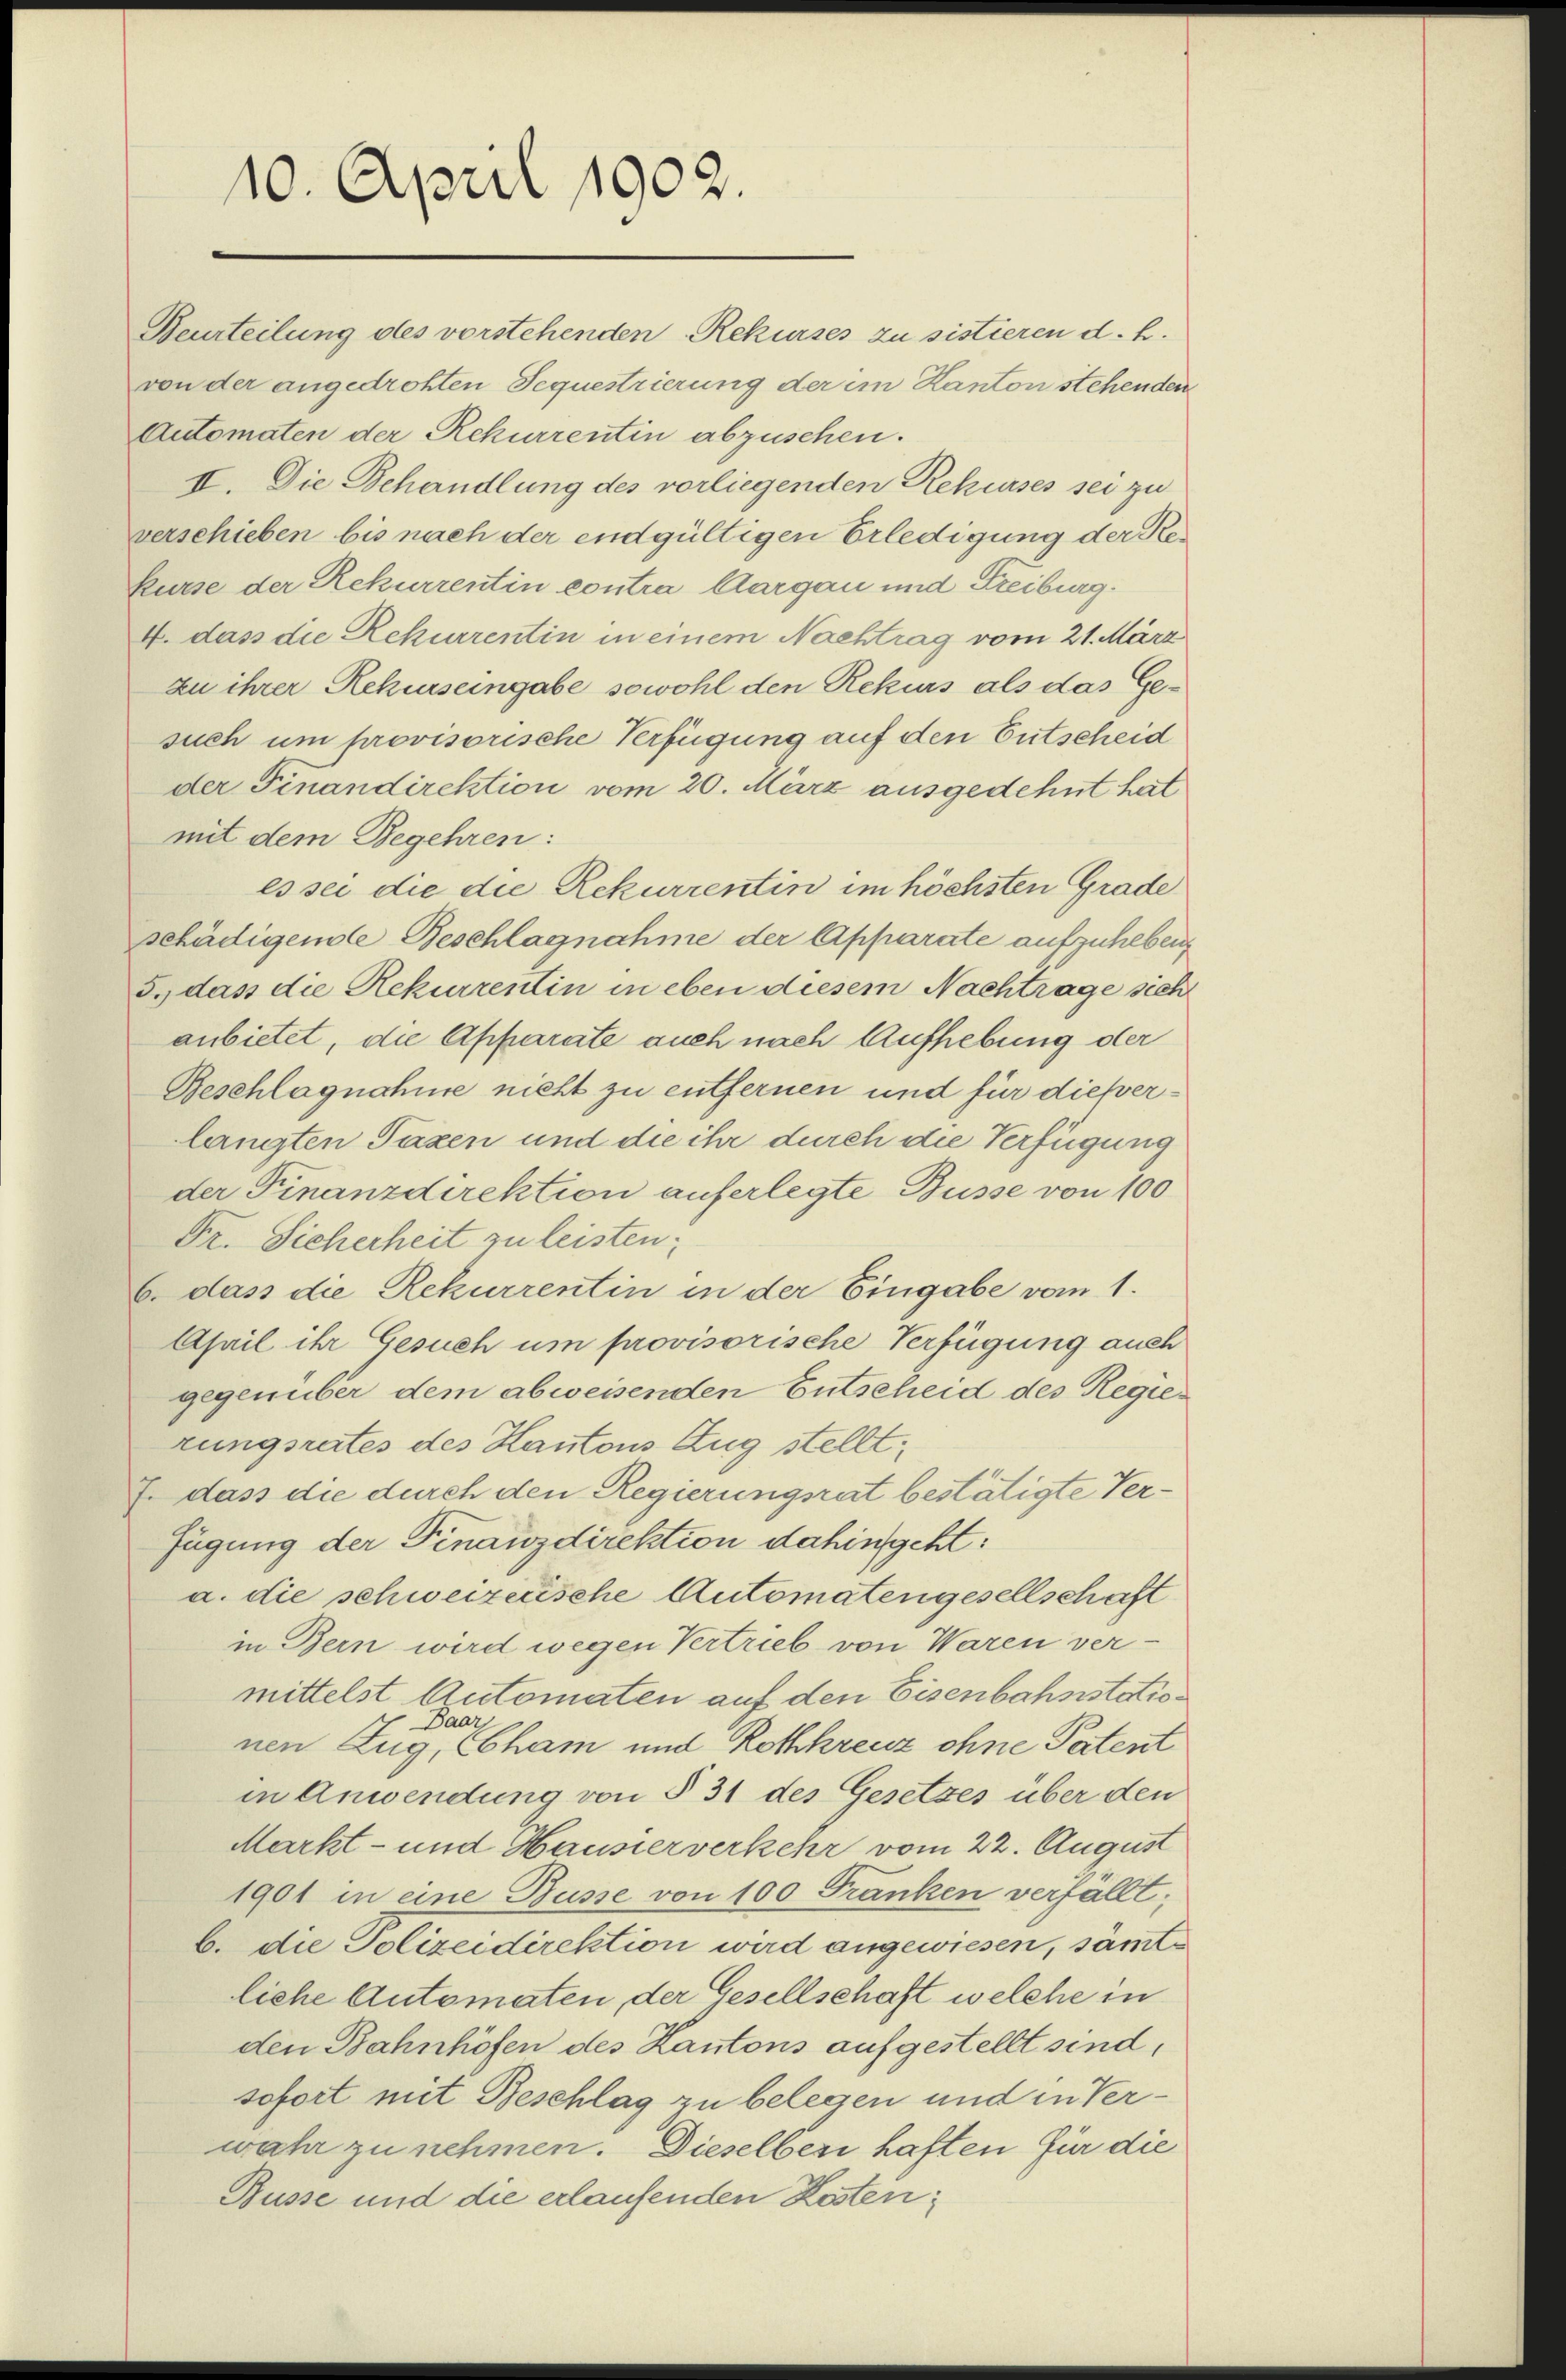
10. April 1902.

mit dem Begehren:
Dr. Sicherheit zu leisten.
6. dass die Rekurrentin in der Eingabe vom 1.
April ihr Gesuch um provisorische Verfügung auch
gegenüber dem abweisenden Entscheid des Regierungsrates des Hautons Zug stellt,
f. dass die durch den Regierungsrat bestätigte Verfügung der Finanzdirektion dahingeht:
a. die schweizerische Automatengesellschaft
in Bern wird wegen Vertrieb von Waren vermittelst Automaten auf den Eisenbahnstation
a
De
nen Zug, Cham und Rothkreuz ohne Patent
in Anwendung von § 31 des Gesetzes über den
Markt- und Hausserverkehr vom 22. August
1901 in eine Busse von 100 Franken verfallt;
b. die Polizeidirektion wird angewiesen, sämtliche Automaten, der Gesellschaft welche in
den Bahnhöfen des Kantons aufgestellt sind,
sofort mit Beschlag zu belegen und in Verwahr zu nehmen. Dieselben haften für die
Busse und die erlaufenden Kosten;

Beurteilung des vorstehenden Rekurses zu sistieren d. h.
von der angedrohten Sequestrierung der im Kanton stehenden
Automaten der Rekurrentin abzusehen.
II. Die Behandlung des vorliegenden Rekurses sei zu
verschieben bis nach der endgültigen Erledigung der Rekurse der Rekurrentin contra Aargau und Freiburg.
4. dass die Rekurrentin in einem Nachtrag vom 21. März
zu ihrer Rekurseingabe sowohl den Rekurs als das Ge-
such um provisorische Verfügung auf den Entscheid
der Finandirektion vom 20. März ausgedehnt hat
es sei die die Rekurrentin im höchsten Grade
schädigene Beschlagnahme der Apparate aufzuheben,
5.) das die Rekurrentin in eben diesem Nachtrage sicht
anbietet, die Apparate auch nach Aufhebung der
Beschlagnahme nicht zu entfernen und für dieserlangten Taxen und die ihr durch die Verfügung
der Finanzdirektion auferlegte Busse von 100